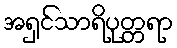
အရှင်သာရိပုတ္တရာ